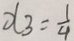
x _ { 3 } = \frac { 1 } { 4 }